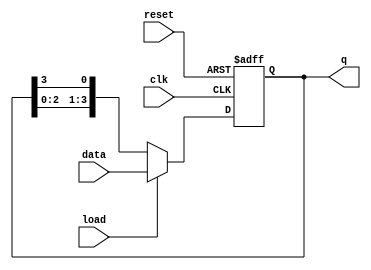
module LoadableRingCounter #(
    parameter N = 4  // Number of bits (flip-flops)
)(
    input wire clk,       // Clock signal
    input wire load,      // Load signal
    input wire [N-1:0] data, // Data input for loading
    input wire reset,     // Optional reset signal
    output reg [N-1:0] q   // Current state of the counter
);

// Internal signal to hold the next state
reg [N-1:0] next_state;

always @(posedge clk or posedge reset) begin
    if (reset) begin
        // Reset the counter to all zeros
        q <= {N{1'b0}};
    end else if (load) begin
        // Load the counter with the data value
        q <= data;
    end else begin
        // Shift the '1' bit to the next position
        // Implementing the ring counter behavior
        next_state = {q[N-2:0], q[N-1]}; // Shift right with feedback
        q <= next_state;
    end
end

endmodule